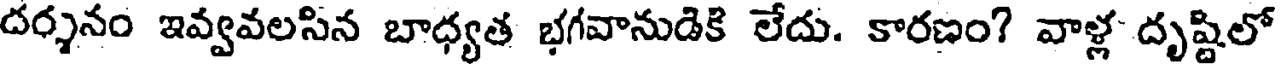
దర్శనం ఇవ్వవలసిన బాధ్యత భగవానుడికి లేదు. కారణం? వాళ్ల దృష్టిలో